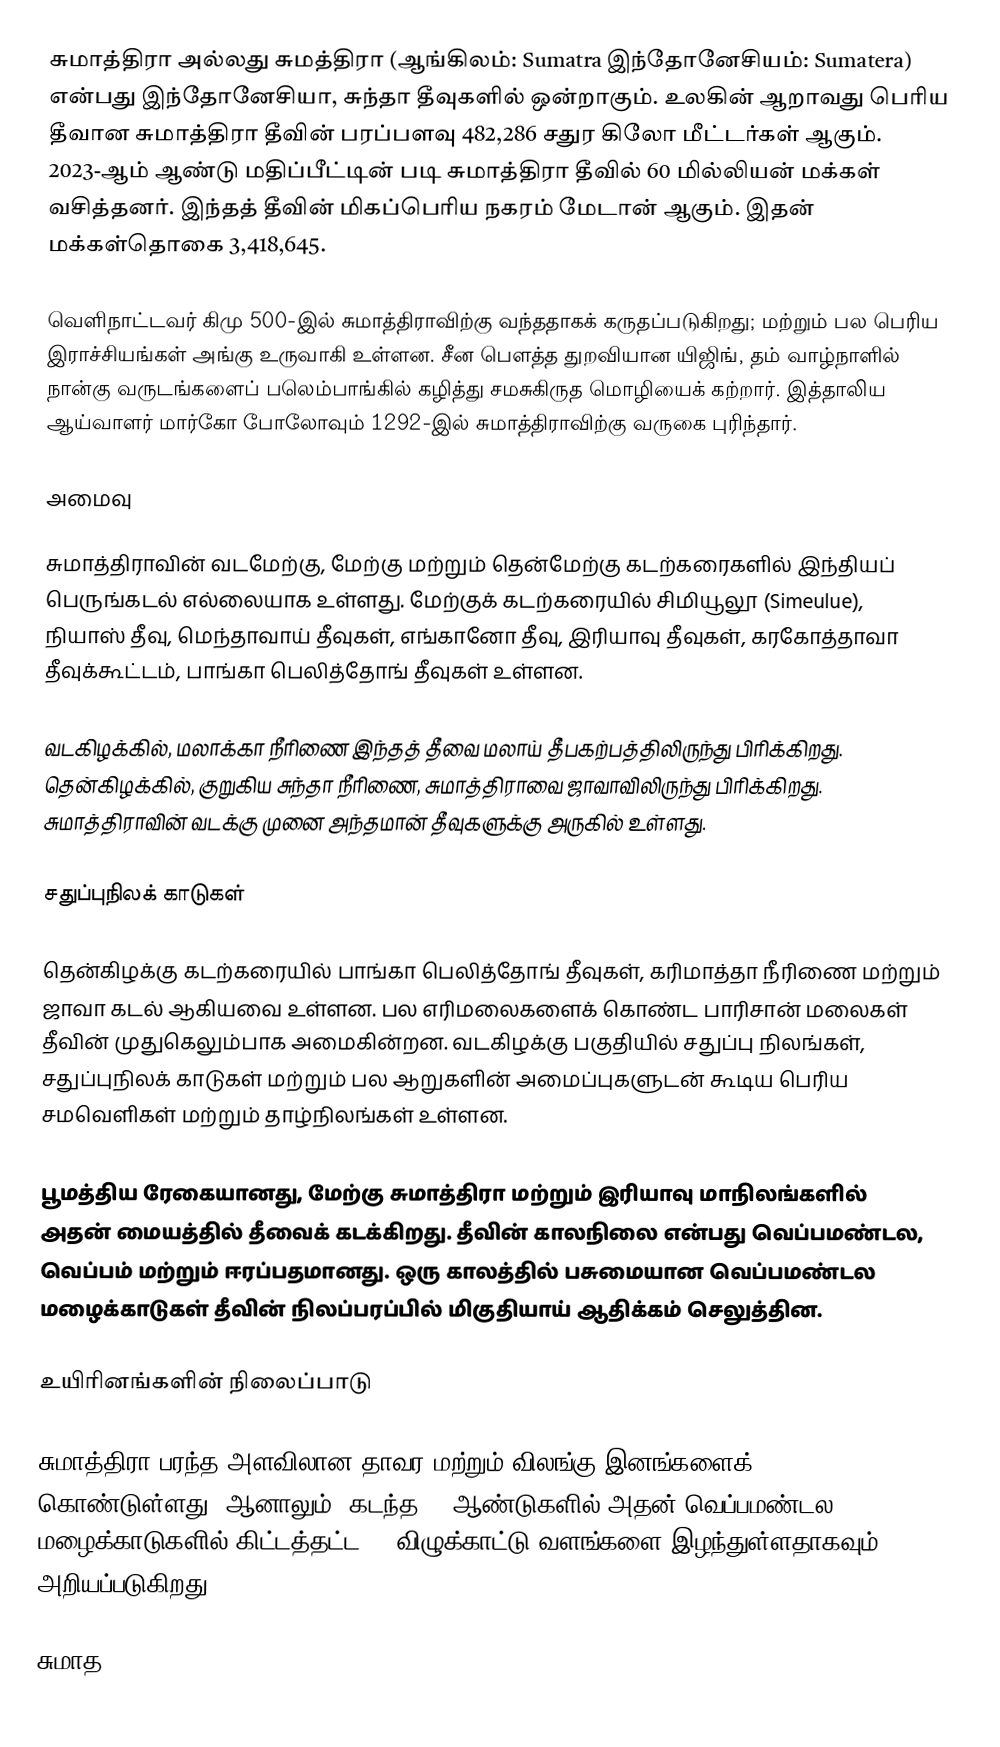
சுமாத்திரா அல்லது சுமத்திரா (ஆங்கிலம்: Sumatra இந்தோனேசியம்: Sumatera) என்பது இந்தோனேசியா, சுந்தா தீவுகளில் ஒன்றாகும். உலகின் ஆறாவது பெரிய தீவான சுமாத்திரா தீவின் பரப்பளவு 482,286 சதுர கிலோ மீட்டர்கள் ஆகும். 2023-ஆம் ஆண்டு மதிப்பீட்டின் படி சுமாத்திரா தீவில் 60 மில்லியன் மக்கள் வசித்தனர். இந்தத் தீவின் மிகப்பெரிய நகரம் மேடான் ஆகும். இதன் மக்கள்தொகை 3,418,645.

வெளிநாட்டவர் கிமு 500-இல் சுமாத்திராவிற்கு வந்ததாகக் கருதப்படுகிறது; மற்றும் பல பெரிய இராச்சியங்கள் அங்கு உருவாகி உள்ளன. சீன பௌத்த துறவியான யிஜிங், தம் வாழ்நாளில் நான்கு வருடங்களைப் பலெம்பாங்கில் கழித்து சமசுகிருத மொழியைக் கற்றார். இத்தாலிய ஆய்வாளர் மார்கோ போலோவும் 1292-இல் சுமாத்திராவிற்கு வருகை புரிந்தார்.

அமைவு

சுமாத்திராவின் வடமேற்கு, மேற்கு மற்றும் தென்மேற்கு கடற்கரைகளில் இந்தியப் பெருங்கடல் எல்லையாக உள்ளது. மேற்குக் கடற்கரையில் சிமியூலூ (Simeulue), நியாஸ் தீவு, மெந்தாவாய் தீவுகள், எங்கானோ தீவு, இரியாவு தீவுகள், கரகோத்தாவா தீவுக்கூட்டம், பாங்கா பெலித்தோங் தீவுகள் உள்ளன.

வடகிழக்கில், மலாக்கா நீரிணை இந்தத் தீவை மலாய் தீபகற்பத்திலிருந்து பிரிக்கிறது. தென்கிழக்கில், குறுகிய சுந்தா நீரிணை, சுமாத்திராவை ஜாவாவிலிருந்து பிரிக்கிறது. சுமாத்திராவின் வடக்கு முனை அந்தமான் தீவுகளுக்கு அருகில் உள்ளது.

சதுப்புநிலக் காடுகள்

தென்கிழக்கு கடற்கரையில் பாங்கா பெலித்தோங் தீவுகள், கரிமாத்தா நீரிணை மற்றும் ஜாவா கடல் ஆகியவை உள்ளன. பல எரிமலைகளைக் கொண்ட பாரிசான் மலைகள் தீவின் முதுகெலும்பாக அமைகின்றன. வடகிழக்கு பகுதியில் சதுப்பு நிலங்கள், சதுப்புநிலக் காடுகள் மற்றும் பல ஆறுகளின் அமைப்புகளுடன் கூடிய பெரிய சமவெளிகள் மற்றும் தாழ்நிலங்கள் உள்ளன.

பூமத்திய ரேகையானது, மேற்கு சுமாத்திரா மற்றும் இரியாவு மாநிலங்களில் அதன் மையத்தில் தீவைக் கடக்கிறது. தீவின் காலநிலை என்பது வெப்பமண்டல, வெப்பம் மற்றும் ஈரப்பதமானது. ஒரு காலத்தில் பசுமையான வெப்பமண்டல மழைக்காடுகள் தீவின் நிலப்பரப்பில் மிகுதியாய் ஆதிக்கம் செலுத்தின.

உயிரினங்களின் நிலைப்பாடு

சுமாத்திரா பரந்த அளவிலான தாவர மற்றும் விலங்கு இனங்களைக் கொண்டுள்ளது. ஆனாலும், கடந்த 35 ஆண்டுகளில் அதன் வெப்பமண்டல மழைக்காடுகளில் கிட்டத்தட்ட 50 விழுக்காட்டு வளங்களை இழந்துள்ளதாகவும் அறியப்படுகிறது.

சுமாத